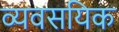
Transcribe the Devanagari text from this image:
व्यवसयिक